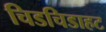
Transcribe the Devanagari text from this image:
चिडचिडाहट